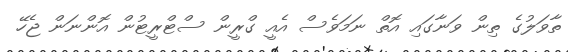
ތާވަލުގެ ތިން ވަނާގައި އޮތް ނަމަވެސް އެއީ ގްރީން ސްޓްރީޓުން އޮންނަން ޖެހޭ